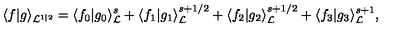
\langle f | g \rangle _ { { \cal L } ^ { 1 | 2 } } = \langle f _ { 0 } | g _ { 0 } \rangle _ { \cal L } ^ { s } + \langle f _ { 1 } | g _ { 1 } \rangle _ { \cal L } ^ { s + 1 / 2 } + \langle f _ { 2 } | g _ { 2 } \rangle _ { \cal L } ^ { s + 1 / 2 } + \langle f _ { 3 } | g _ { 3 } \rangle _ { \cal L } ^ { s + 1 } ,